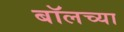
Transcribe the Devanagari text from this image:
बॉलच्या